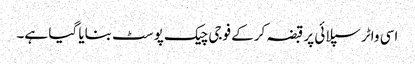
اسی واٹر سپلائی پر قبضہ کرکے فوجی چیک پوسٹ بنایا گیا ہے۔